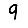
Digit: 9